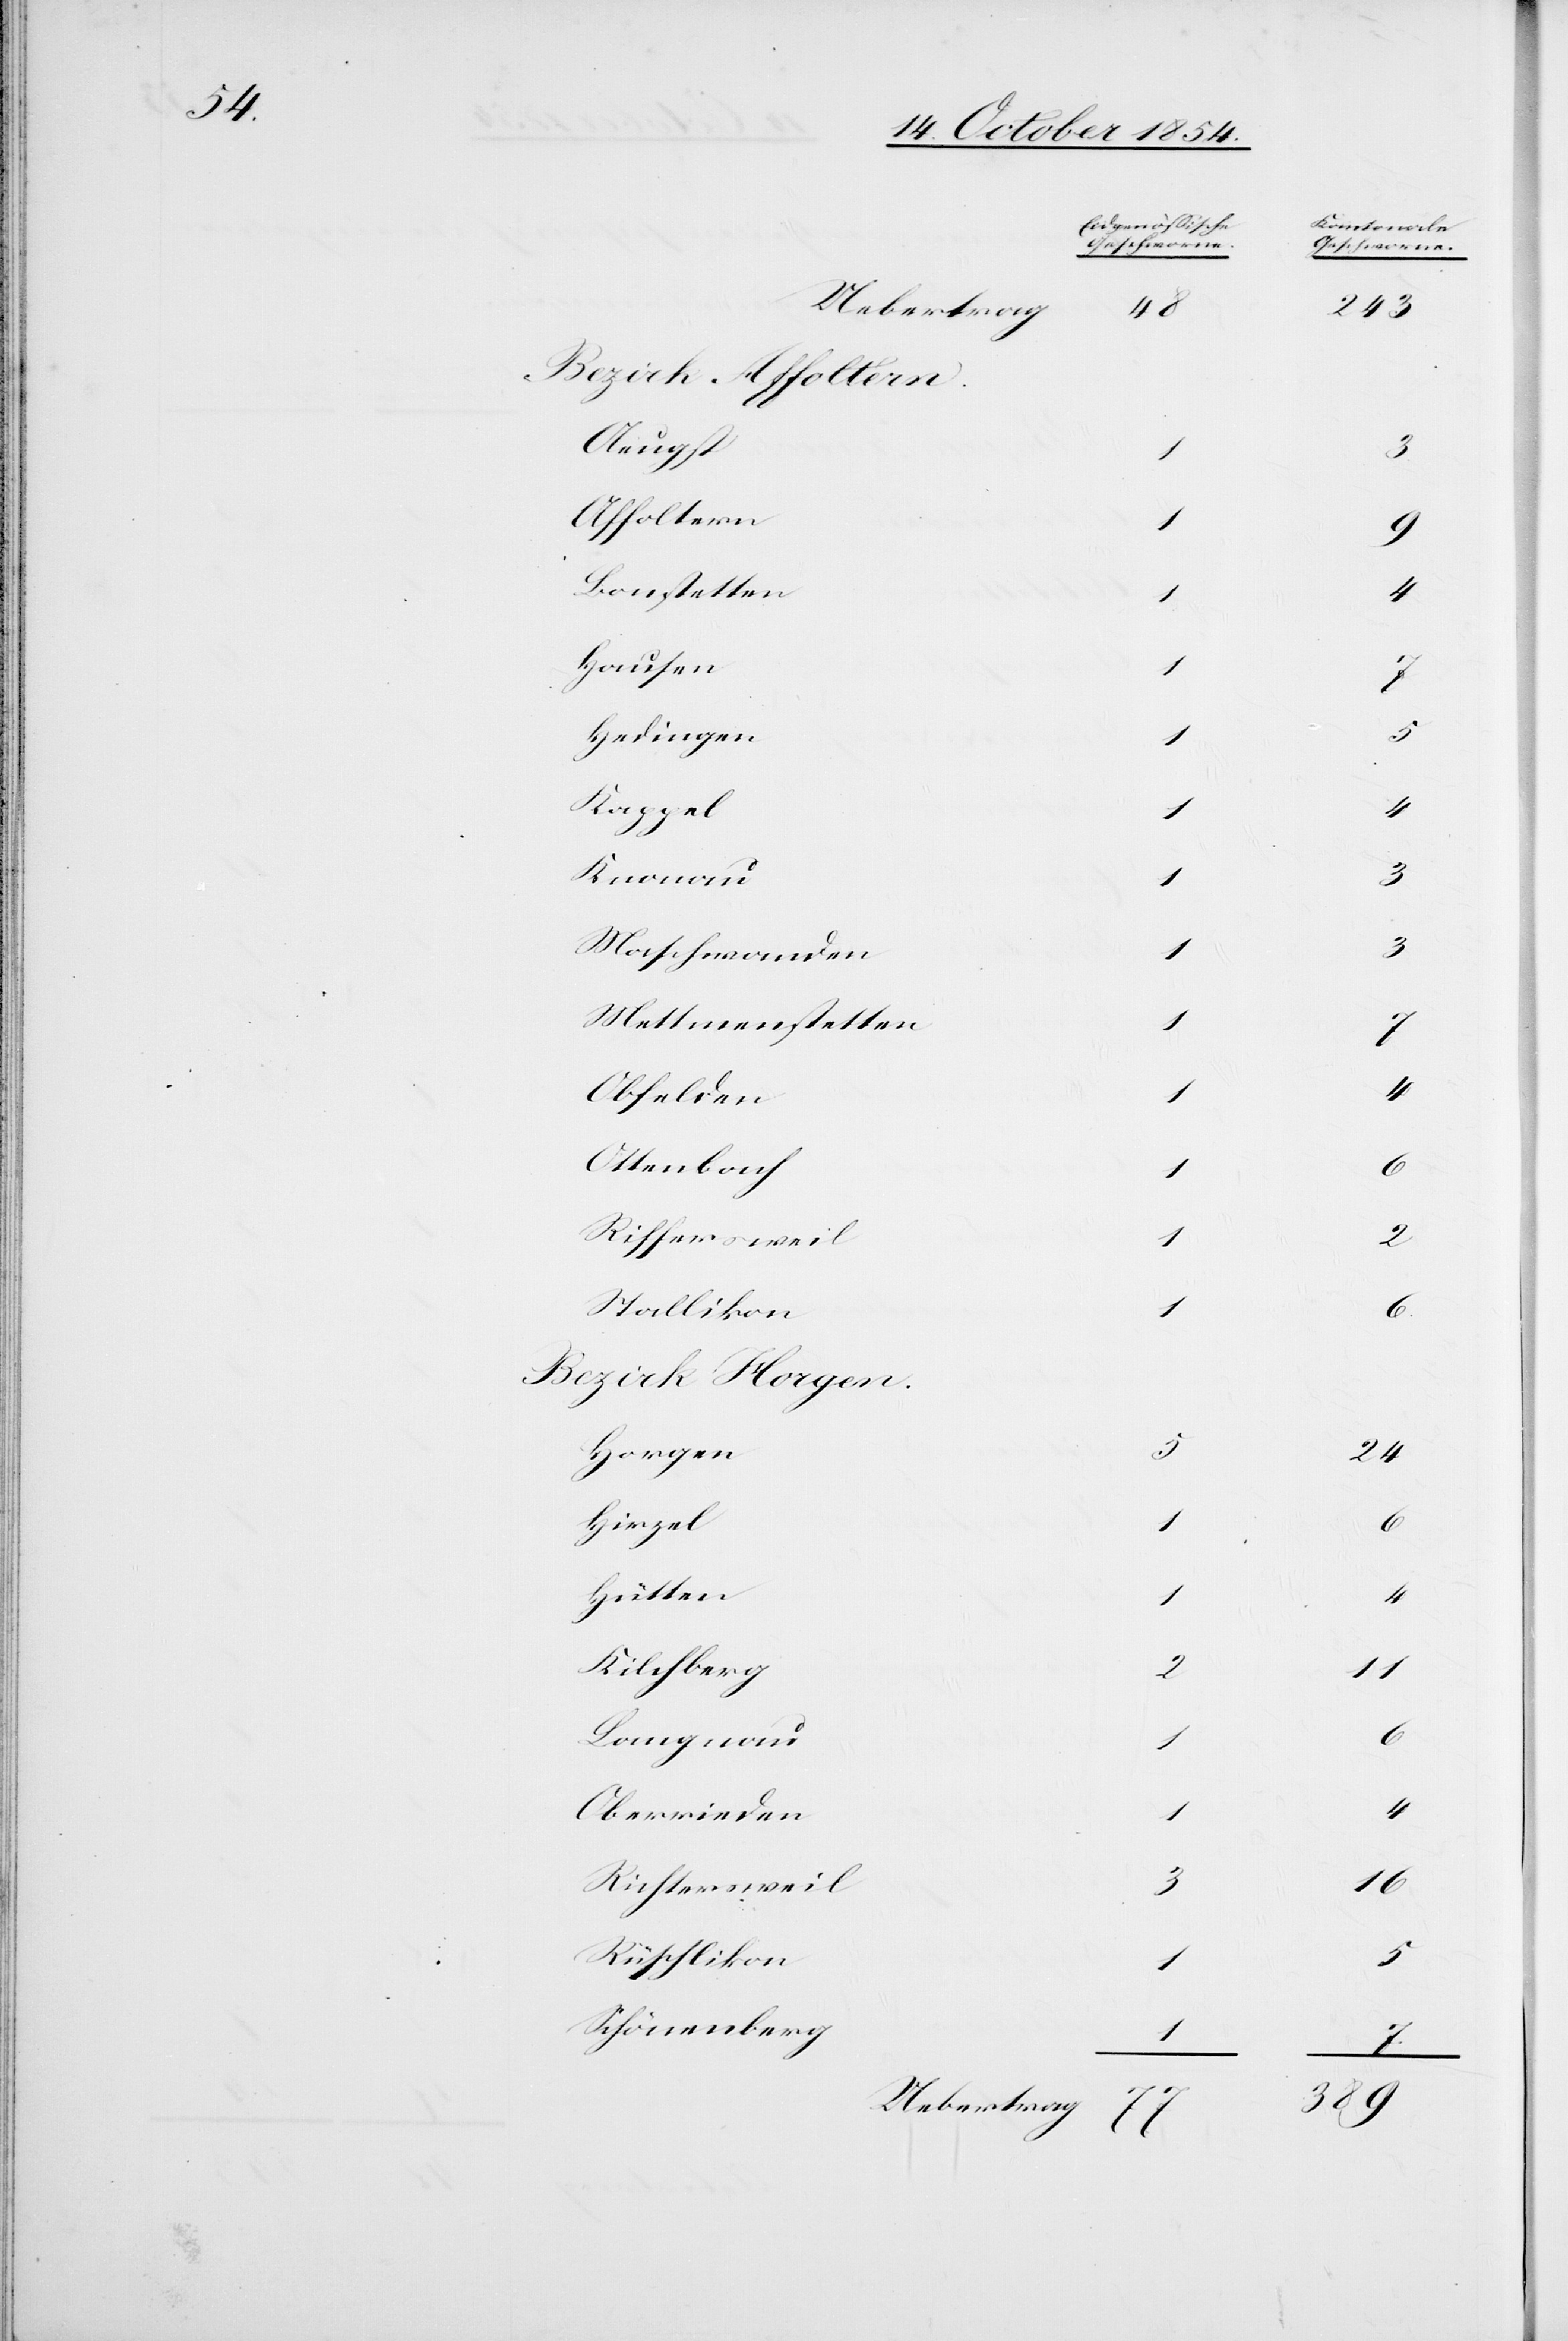
Uebertrag
48
Aeugst
3
Affoltern
1
Bonstetten
4
Hausen
1
Hedingen
1
Kappel
1
Knonau
1
Maschwanden
Mettmenstetten
1
Obfelden
Ottenbach
1
Riffersweil
Stallikon
Horgen
Hirzel
1
Hütten
4
Kilchberg
2
Langnau
1
Oberrieden
1
4
Richtersweil
Rüschlikon
5
Schönenberg
1
7

243
3
24
2
16